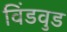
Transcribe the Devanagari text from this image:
विंडवुड